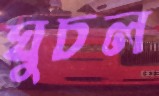
ঘুচল